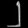
Digit: ၂